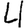
Digit: 4